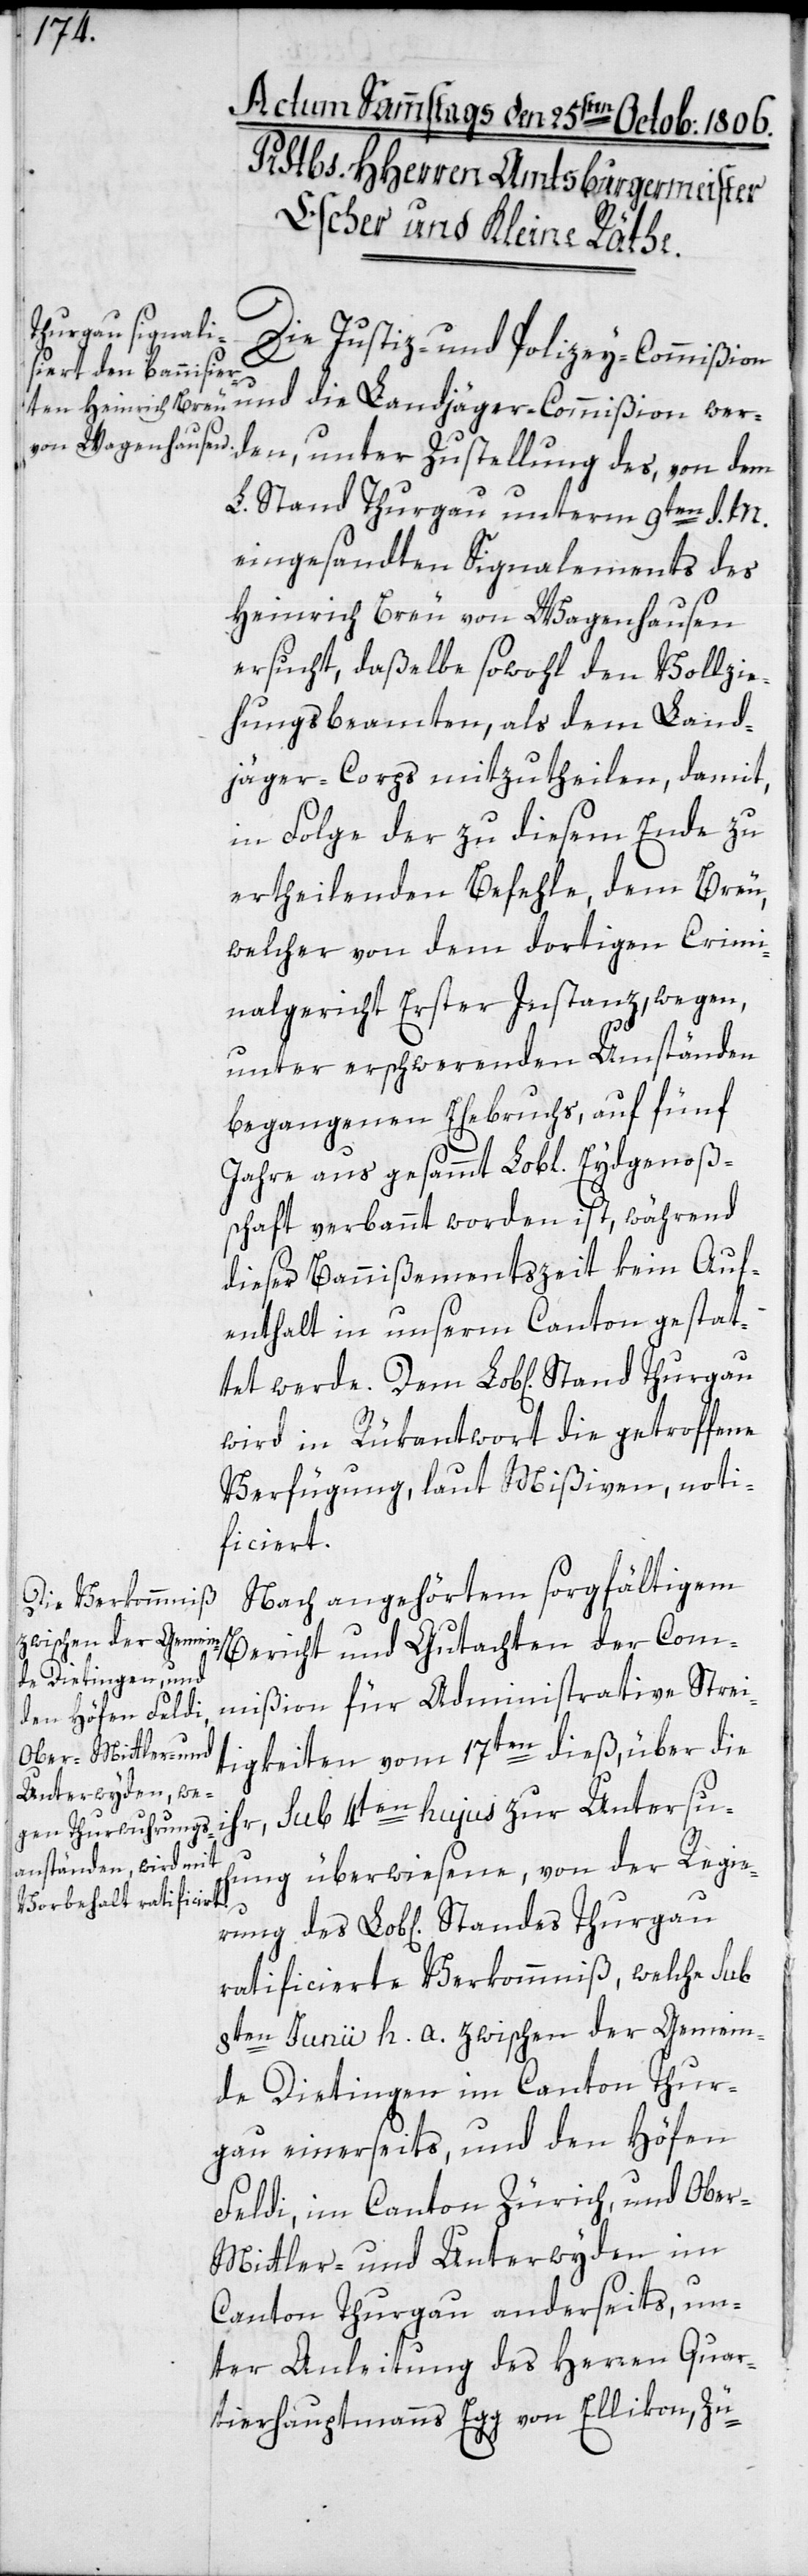
rung

Die Justiz- und Polizey-Commißion
und die Landjäger-Commißion wer¬
den, unter Zustellung des, von dem
L. Stand Thurgau unterm 9ten d. M.
eingesandten Signalements des
Heinrich Breu von Wagenhausen
ersucht, daßelbe sowohl den Vollzie¬
hungsbeamten als dem Land¬
jäger-Coprs mitzutheilen, damit
in Folge der zu diesem Ende zu
ertheilenden Befehle, dem Breu,
welcher von dem dortigen Crimi¬
nalgericht Erster Instanz, wegen
unter erschwerenden Umständen
begangenen Ehebruchs, auf fünf
Jahre aus gesammt Lobl[ichen] Eydgenoße¬
nschaft verbannt worden ist, während
dieser Bannißementszeit kein Auf¬
enthalt in unserm Canton gestat¬
wird in Rükantwort die getroffene
Verfügung, laut Mißiven, noti¬
ficiert.
Nach angehörtem sorgfältigem
Bericht und Gutachten der Com¬
mißion für Administrative Strei¬
tigkeiten vom 17ten dieß, über die
ihr sub 4ten hujus zur Untersuch¬
ung überwiesene, von der Regie¬
ratificierte Verkommnis, welche sub
8ten Junii h. a. zwischen der Gemein¬
de Dietingen im Canton Thur¬
gau einerseits, und den Höfen
Feldi, im Canton Zürich, und Ober-,
Mittler- und Unterwyden im
Canton Thurgau anderseits, un¬
ter Anleitung des Herren Quar¬
tierhauptmanns Egg von Ellikon, Zü-